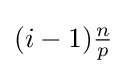
{\textstyle (i-1){\frac {n}{p}}}